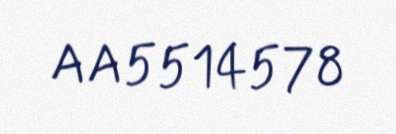
AA5514578